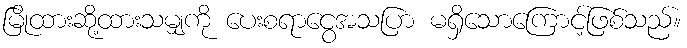
မြိုထားဆို့ထားသမျှကို ပေးစရာငွေအသပြာ မရှိသောကြောင့်ဖြစ်သည်။